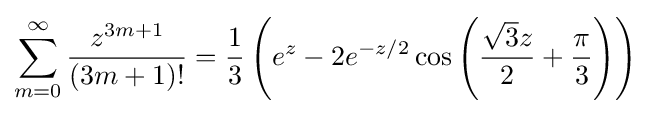
\sum _{m=0}^{\infty }{z^{3m+1} \over (3m+1)!}={\frac {1}{3}}\left(e^{z}-2e^{-z/2}\cos {\left({\frac {{\sqrt {3}}z}{2}}+{\frac {\pi }{3}}\right)}\right)